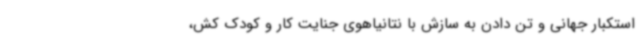
استکبار جهانی و تن دادن به سازش با نتانیاهوی جنایت کار و کودک کش،